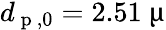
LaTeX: d_{\mathrm{~p~},0}=2.51~\upmu